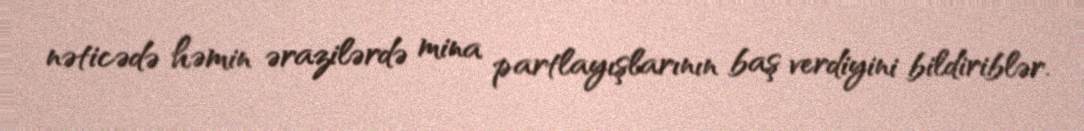
nəticədə həmin ərazilərdə mina partlayışlarının baş verdiyini bildiriblər.